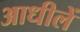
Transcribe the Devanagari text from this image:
आधीलें